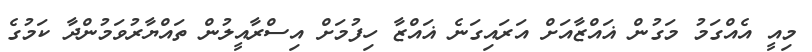
މިއީ އެއްގަމު މަގުން ޣައްޒާއަށް އަރައިގަނެ ޣައްޒާ ހިފުމަށް އިސްރާއީލުން ތައްޔާރުވަމުންދާ ކަމުގެ